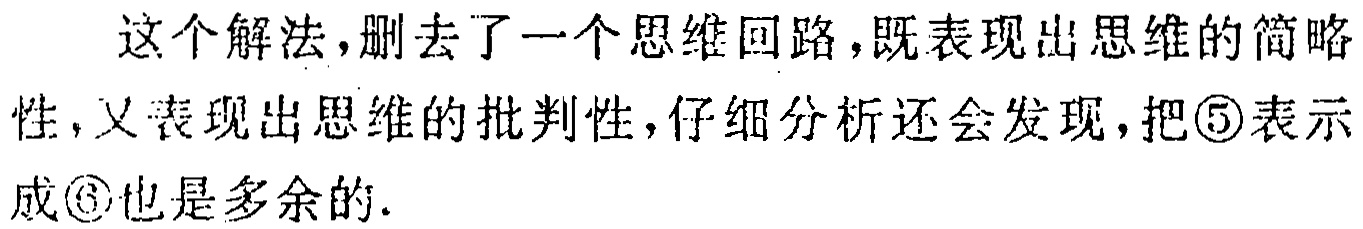
这个解法,删去了一个思维回路,既表现出思维的简略性,又表现出思维的批判性,仔细分析还会发现,把\textcircled{5}表示成\textcircled{6}也是多余的.